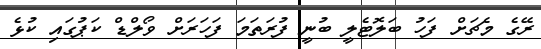
ރޭގެ މެޗަށް ފަހު ބަލޮޓެލީ ބުނީ ފުރަތަމަ ފަހަރަށް ވޯލްޑް ކަޕުގައި ކުޅެ